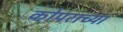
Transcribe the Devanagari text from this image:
कोपराच्या